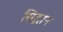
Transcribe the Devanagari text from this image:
सिद्धान